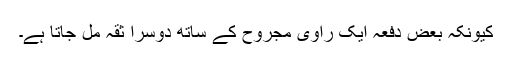
کیونکہ بعض دفعہ ایک راوی مجروح کے ساتھ دوسرا ثقہ مل جاتا ہے۔